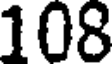
108